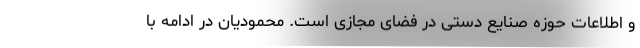
و اطلاعات حوزه صنایع دستی در فضای مجازی است. محمودیان در ادامه با